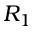
R _ { 1 }